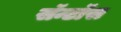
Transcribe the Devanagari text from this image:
सॅन्टाॅस